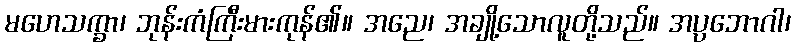
မဟေသက္ခာ၊ ဘုန်းကံကြီးမားကုန်၏။ အညေ၊ အချို့သောလူတို့သည်။ အပ္ပဘောဂါ၊